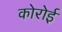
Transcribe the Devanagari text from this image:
कोरोई